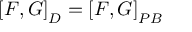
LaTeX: \left[ F , G \right] _ { D } = \left[ F , G \right] _ { P B }